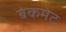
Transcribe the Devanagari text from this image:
बंकमेट